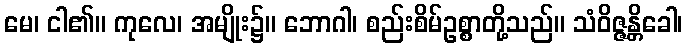
မေ၊ ငါ၏။ ကုလေ၊ အမျိုး၌။ ဘောဂါ၊ စည်းစိမ်ဥစ္စာတို့သည်။ သံဝိဇ္ဇန္တိခေါ၊